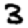
Digit: 3